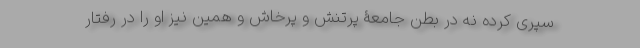
سپری کرده نه در بطن جامعۀ پرتنش و پرخاش و همین نیز او را در رفتار